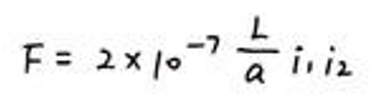
$F = 2\times 10^{-7} \frac{L}{a} i_1 i_2$